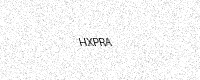
Text: HXPRA